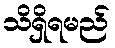
သိရှိရမည်